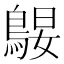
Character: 𱈪